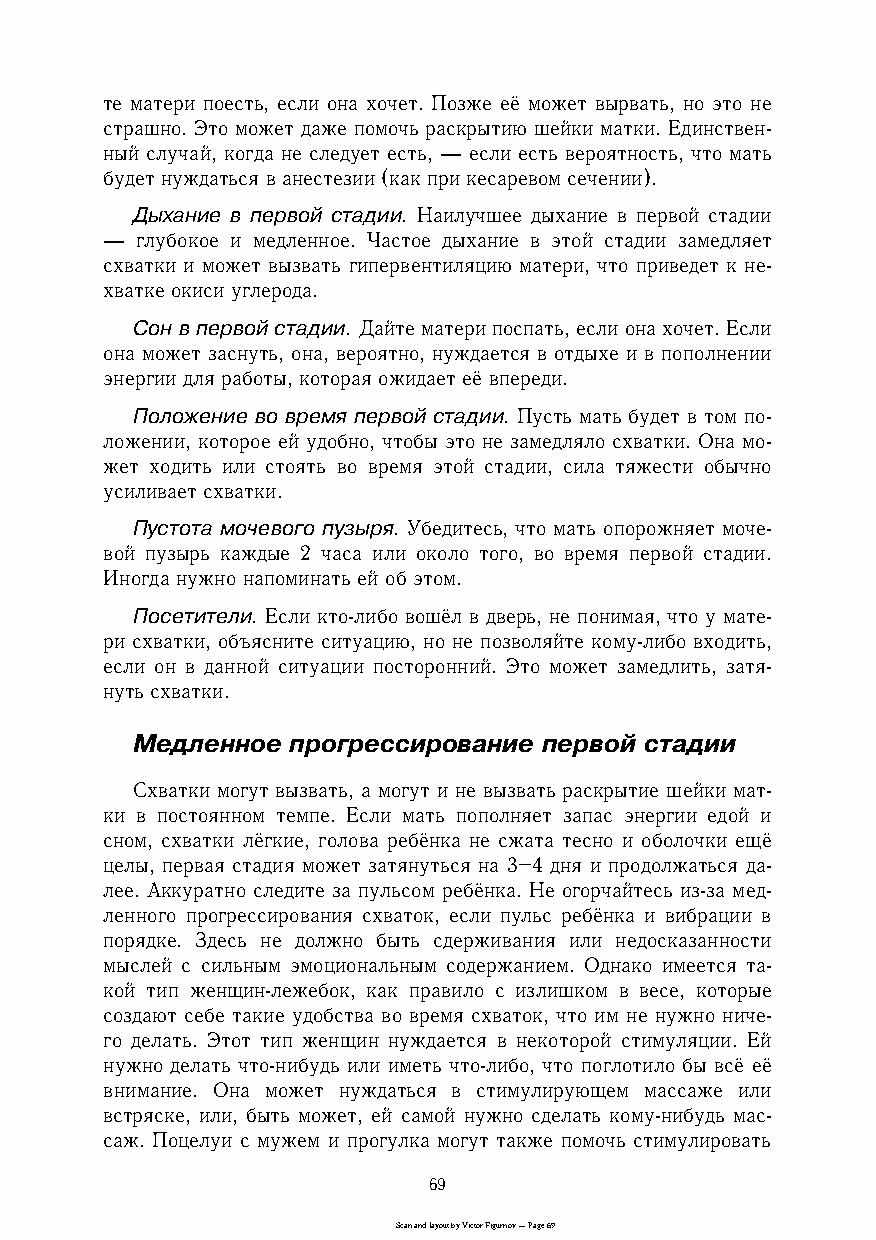
те матери поесть, если она хочет. Позже её может вырвать, но это не
 страшно. Это может даже помочь раскрытию шейки матки. Единственc
 ный случай, когда не следует есть, — если есть вероятность, что мать
 будет нуждаться в анестезии (как при кесаревом сечении).
 Дыхание в первой стадии. Наилучшее дыхание в первой стадии
 — глубокое и медленное. Частое дыхание в этой стадии замедляет
 схватки и может вызвать гипервентиляцию матери, что приведет к неc
 хватке окиси углерода.
 Сон в первой стадии. Дайте матери поспать, если она хочет. Если
 она может заснуть, она, вероятно, нуждается в отдыхе и в пополнении
 энергии для работы, которая ожидает её впереди.
 Положение во время первой стадии. Пусть мать будет в том поc
 ложении, которое ей удобно, чтобы это не замедляло схватки. Она моc
 жет ходить или стоять во время этой стадии, сила тяжести обычно
 усиливает схватки.
 Пустота мочевого пузыря. Убедитесь, что мать опорожняет мочеc
 вой пузырь каждые 2 часа или около того, во время первой стадии.
 Иногда нужно напоминать ей об этом.
 Посетители. Если ктоcлибо вошёл в дверь, не понимая, что у матеc
 ри схватки, объясните ситуацию, но не позволяйте комуcлибо входить,
 если он в данной ситуации посторонний. Это может замедлить, затяc
 нуть схватки.
 Медленное прогрессирование первой стадии
 Схватки могут вызвать, а могут и не вызвать раскрытие шейки матc
 ки в постоянном темпе. Если мать пополняет запас энергии едой и
 сном, схватки лёгкие, голова ребёнка не сжата тесно и оболочки ещё
 целы, первая стадия может затянуться на 3–4 дня и продолжаться даc
 лее. Аккуратно следите за пульсом ребёнка. Не огорчайтесь изcза медc
 ленного прогрессирования схваток, если пульс ребёнка и вибрации в
 порядке. Здесь не должно быть сдерживания или недосказанности
 мыслей с сильным эмоциональным содержанием. Однако имеется таc
 кой тип женщинcлежебок, как правило с излишком в весе, которые
 создают себе такие удобства во время схваток, что им не нужно ничеc
 го делать. Этот тип женщин нуждается в некоторой стимуляции. Ей
 нужно делать чтоcнибудь или иметь чтоcлибо, что поглотило бы всё её
 внимание. Она может нуждаться в стимулирующем массаже или
 встряске, или, быть может, ей самой нужно сделать комуcнибудь масc
 саж. Поцелуи с мужем и прогулка могут также помочь стимулировать
 69
 Scan and layout by Victor Figurnov — Page 69